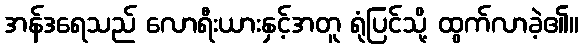
အန်ဒရေသည် လောရီးယားနှင့်အတူ ရုံပြင်သို့ ထွက်လာခဲ့၏။